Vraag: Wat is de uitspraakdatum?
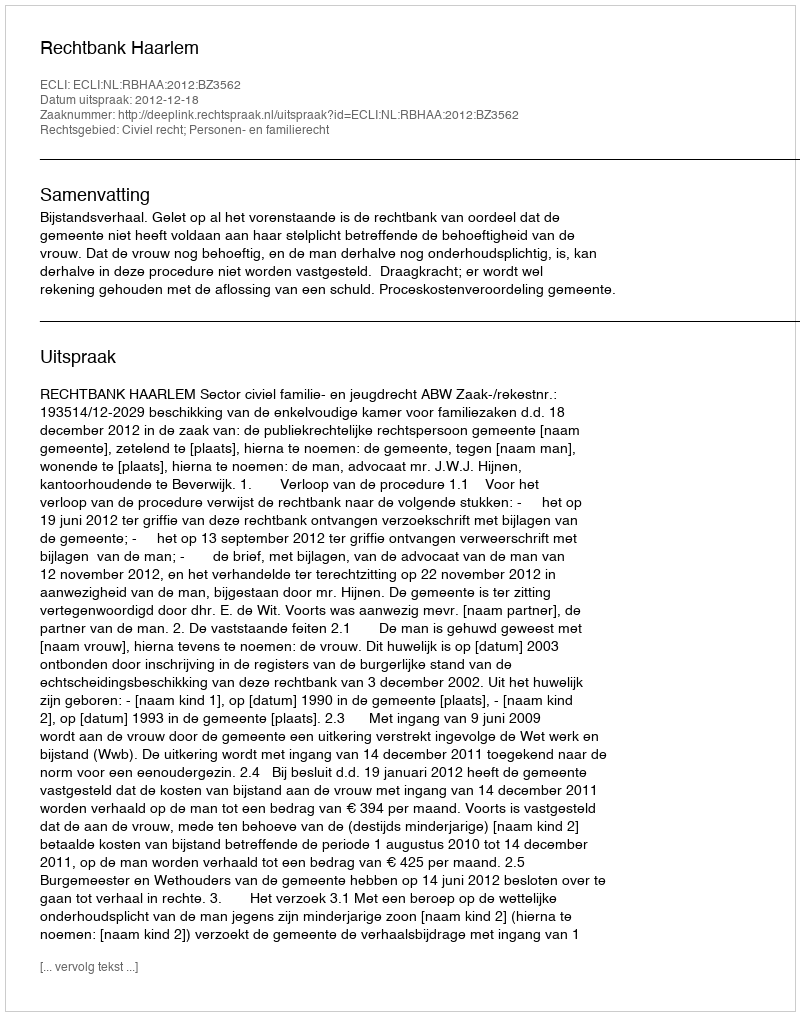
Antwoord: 2012-12-18